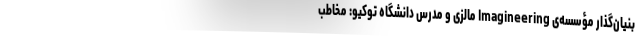
بنیان‌گذار مؤسسه‌ی Imagineering مالزی و مدرس دانشگاه توکیو: مخاطب